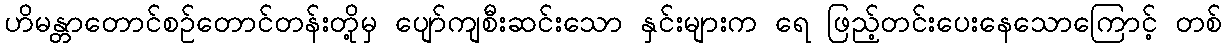
ဟိမန္တာတောင်စဉ်တောင်တန်းတို့မှ ပျော်ကျစီးဆင်းသော နှင်းများက ရေ ဖြည့်တင်းပေးနေသောကြောင့် တစ်